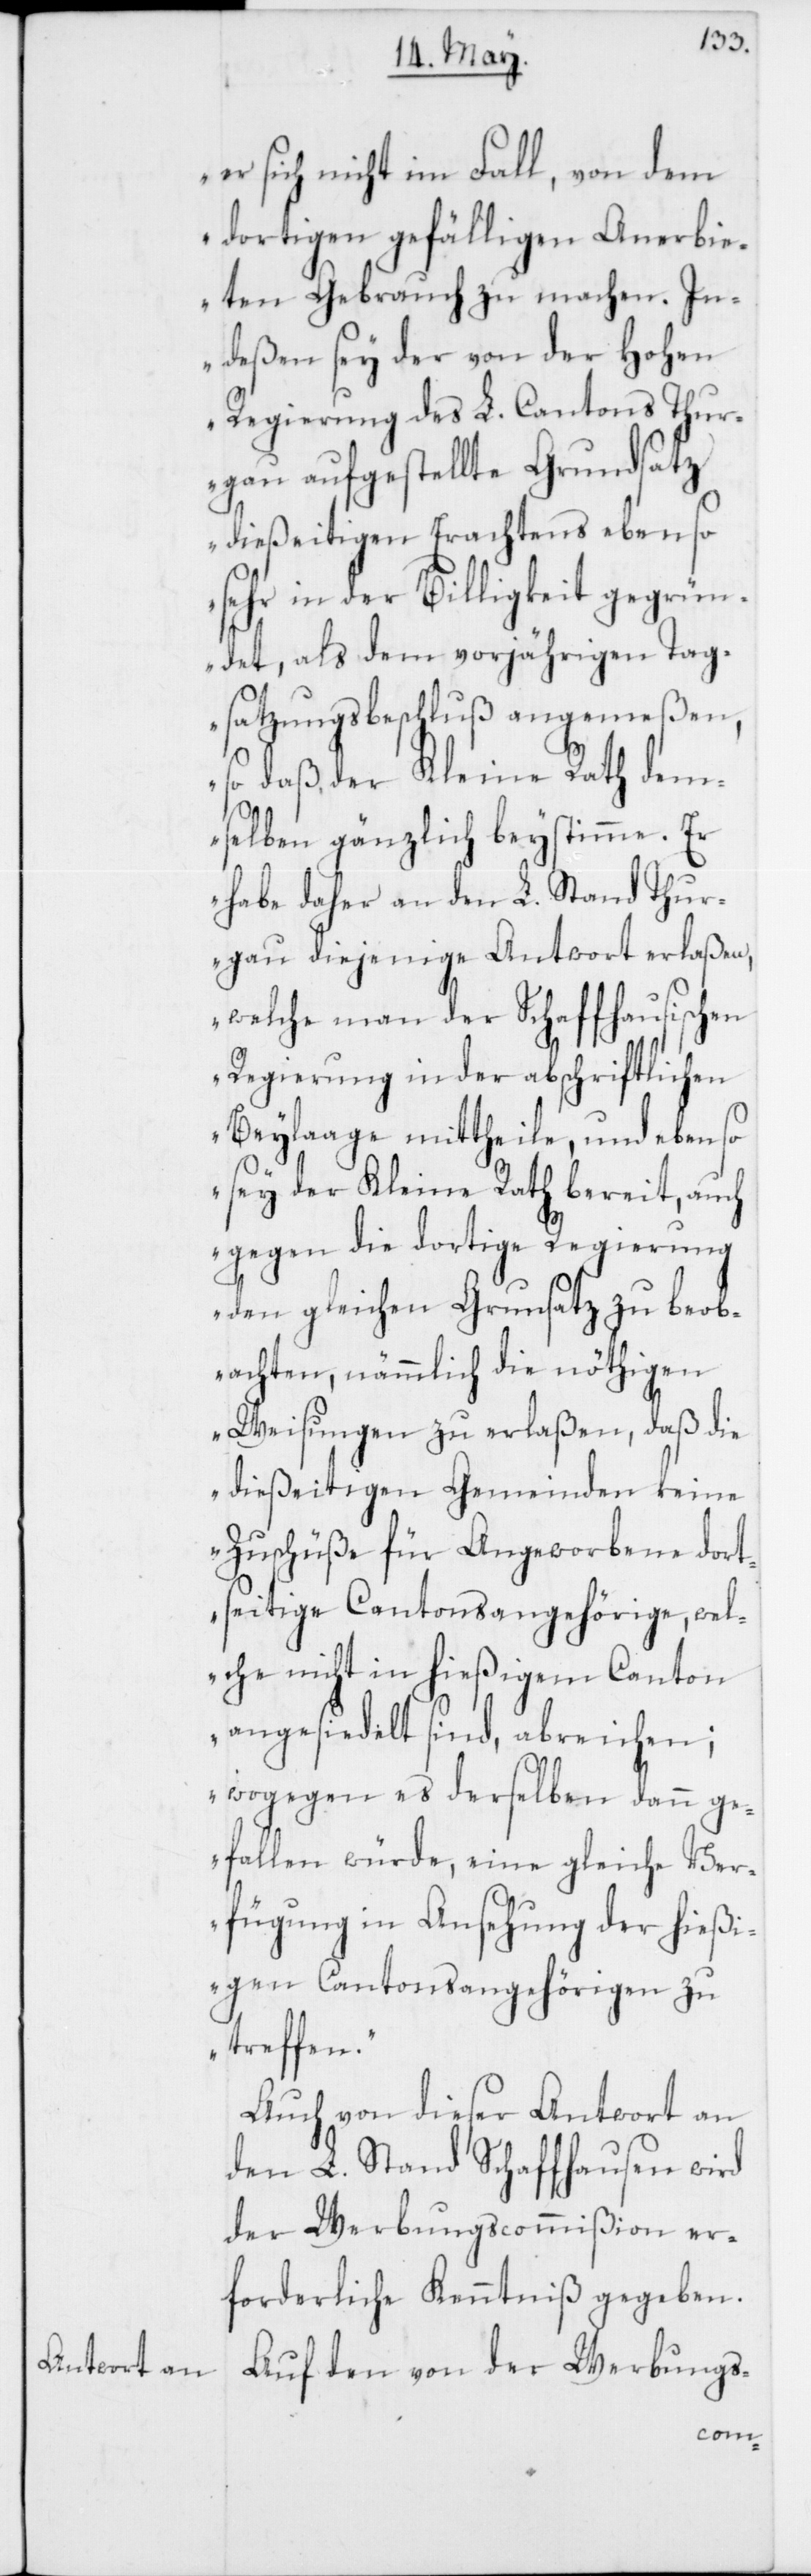
er sich nicht im Fall, von dem
dortigen gefälligen Anerbie¬
ten Gebrauch zu machen. In¬
deßen sey der von der Hohen
Regierung des L. Cantons Thur¬
gau aufgestellte Grundsatz
dießeitigen Erachtens eben so
sehr in der Billigkeit gegrü¬
ndet, als dem vorjährigen Tag¬
satzungsbeschluß angemeßen,
so daß der Kleine Rath dem¬
selben gänzlich beystimme. Er
habe daher an den L. Stand Thur¬
gau diejenige Antwort erlaßen,
welche man der Schaffhausischen
Regierung in der abschriftlichen
Beylaage mittheile, und eben so
sey der Kleine Rath bereit, auch
gegen die dortige Regierung
den gleichen Grundsatz zu beob¬
achten, nämmlich die nöthigen
Weisungen zu erlaßen, daß die
dießeitigen Gemeinden keine
Zuschüße für Angeworbene dort¬
seitige Cantonsangehörige, wel¬
che nicht in hießigem Canton
angesiedelt sind, abreichen;
wogegen es derselben dann ge¬
fallen würde, eine gleiche Ver¬
fügung in Ansehung der hießi¬
gen Cantonsangehörigen zu
treffen.“
Auch von dieser Antwort an
den L. Stand Schaffhausen wird
der Werbungscommißion er¬
forderliche Kenntniß gegeben.
Auf den von der Werbungs-